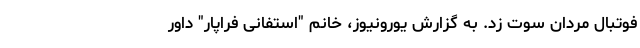
فوتبال مردان سوت زد. به گزارش یورونیوز، خانم "استفانی فراپار" داور